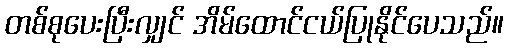
တစ်စုပေးပြီးလျှင် အိမ်ထောင်ငယ်ပြုနိုင်ပေသည်။